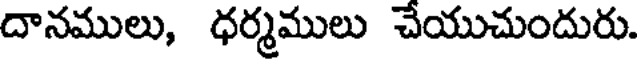
దానములు, ధర్మములు చేయుచుందురు.